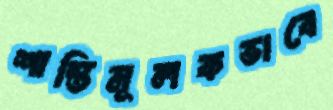
শাস্তিমূলকভাবে